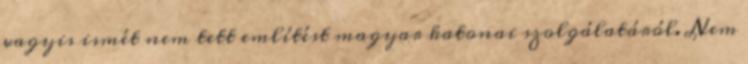
vagyis ismét nem tett említést magyar katonai szolgálatáról. Nem